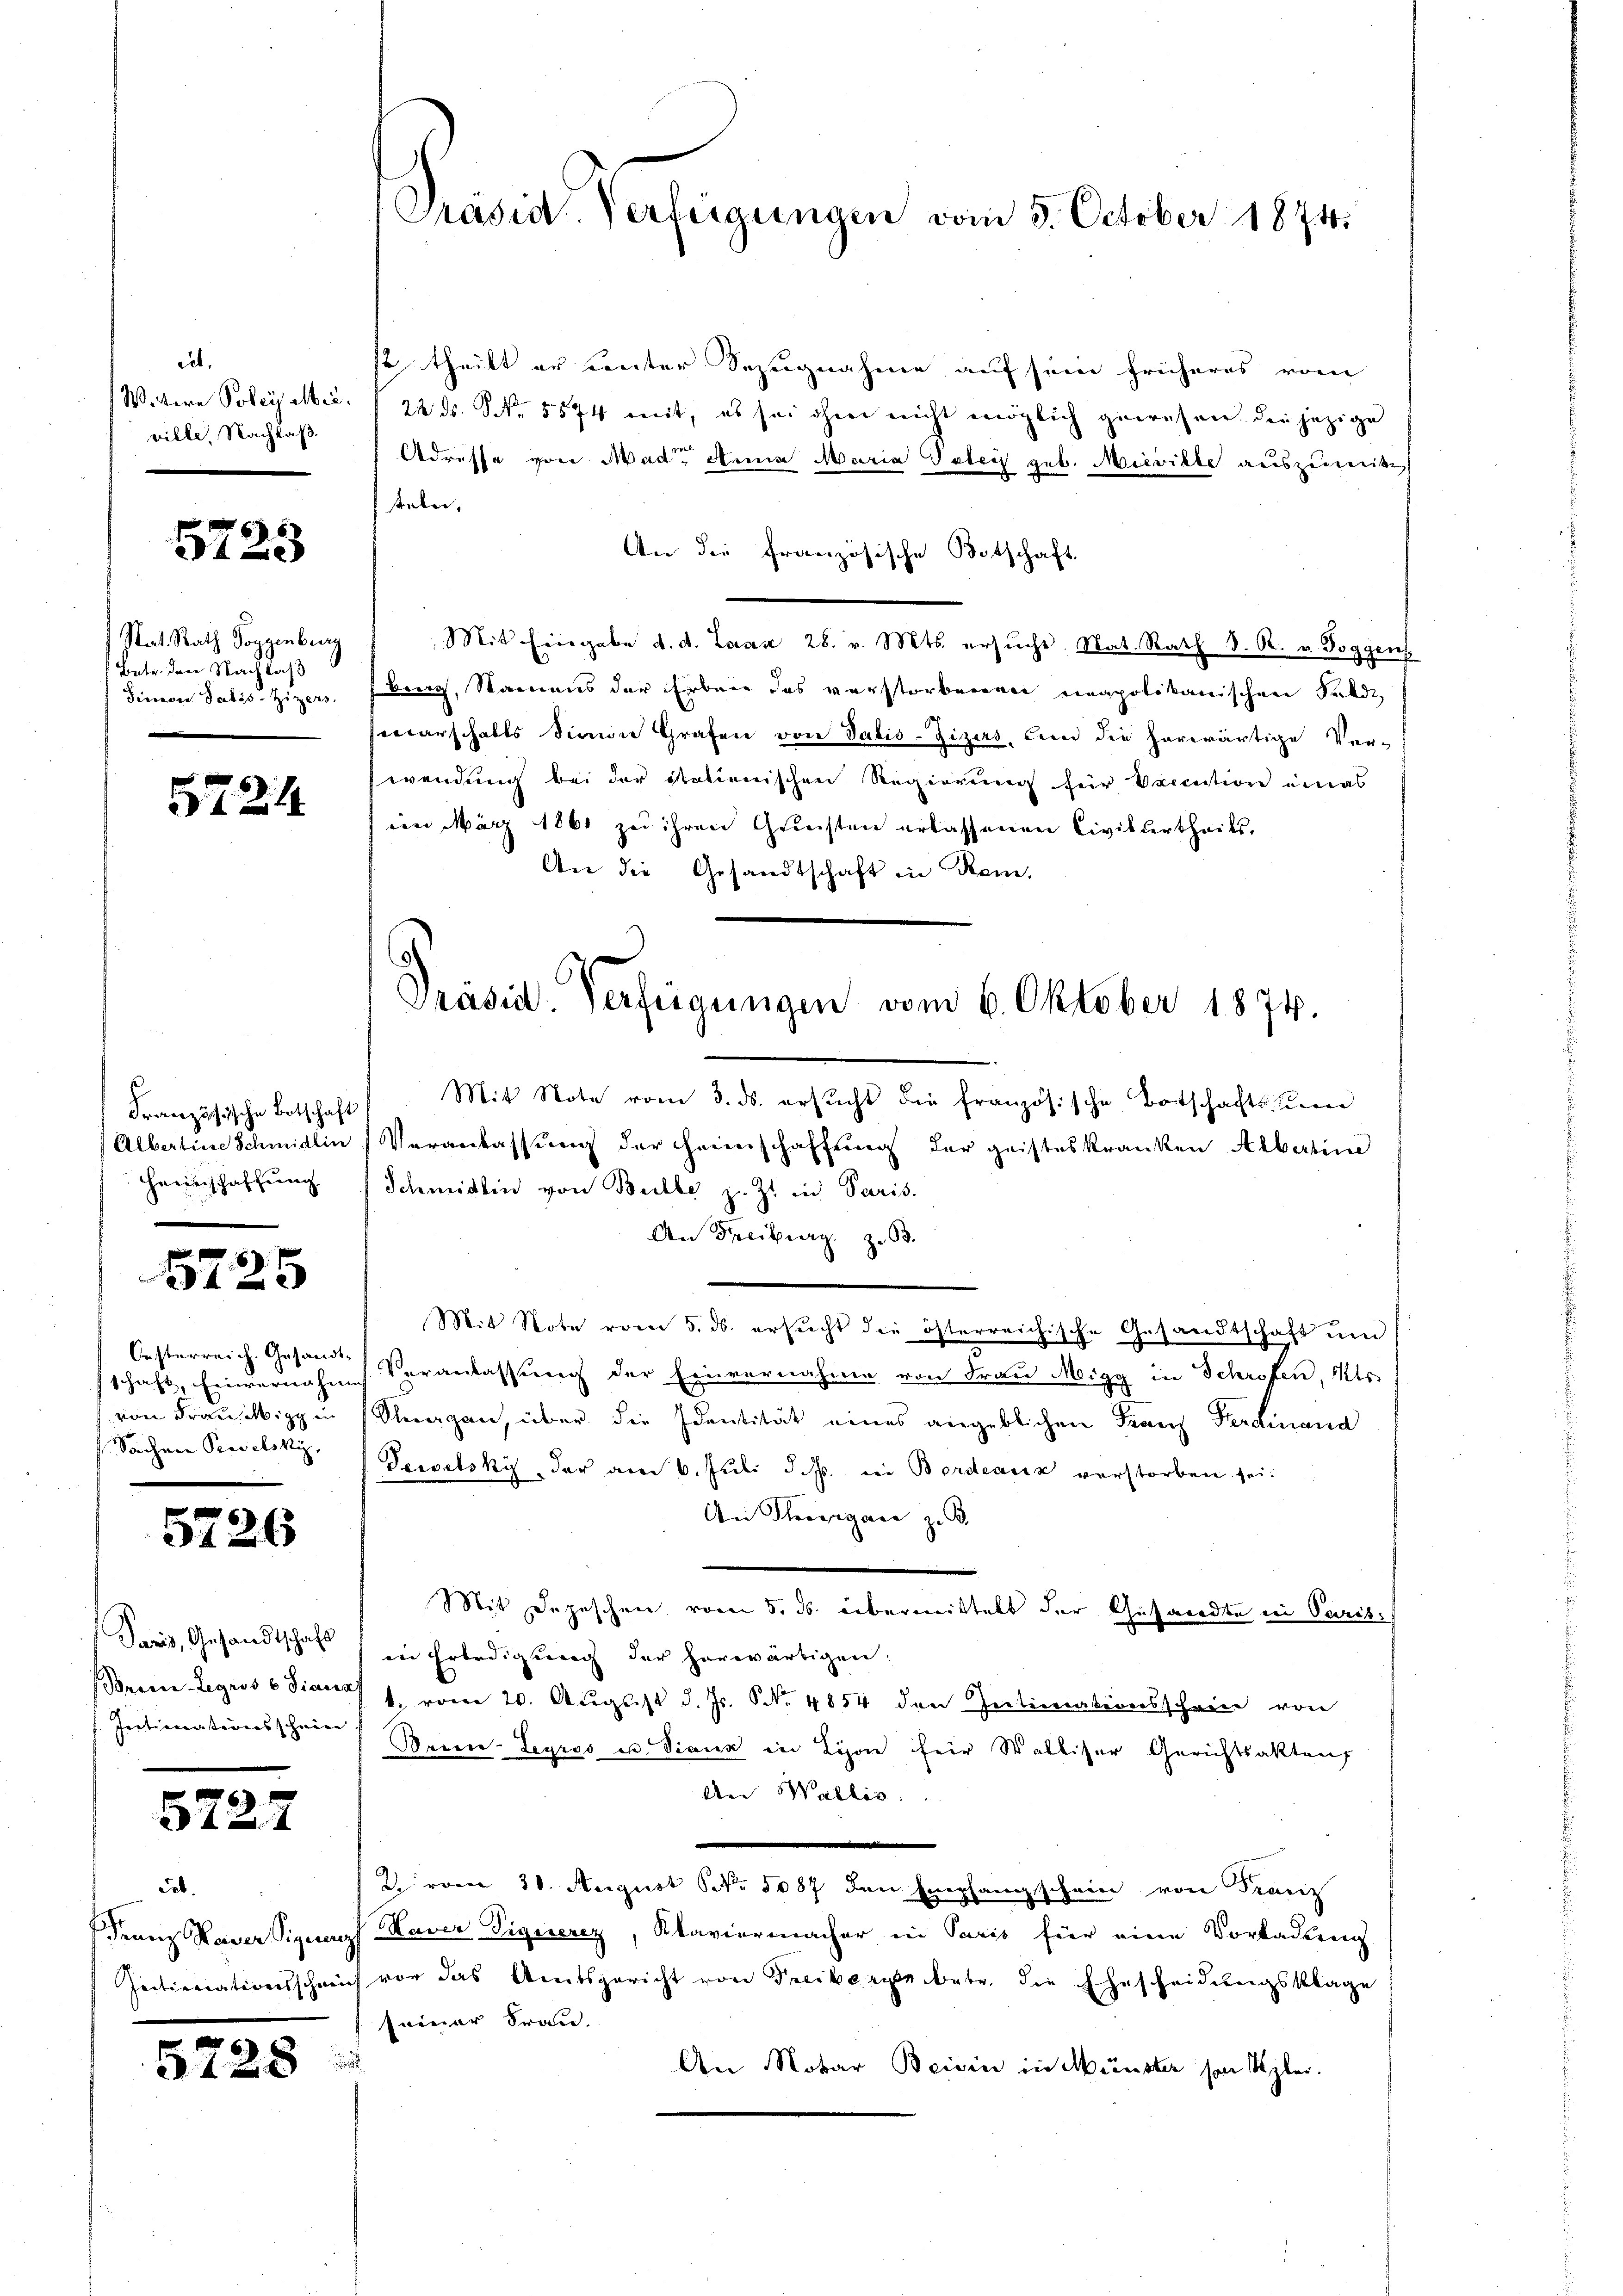
iet.
Weitere Poley Mei
ville Nachlaß

5723

Stat. Rath Toggenburg
Betr. den Nachlaß
Simon Salis-Zizers.

5724.

Französische Botschaft
Heimschaffung

5725

Oesterreich. Gesandt-
von Frau Migg in
Sachen Perselsky,

5726

Paris, Gesandtschaft
Initiventarens schneee. |

5727

Feb.
fennig Raver Signus
Intimationsschein

5728

Präsid. Verfeigungen vom 3. October 1874.

Präsid. Verfügungen vom 6. Oktober 1874.

Mit Note vom 3. ds. ersŭcht die französische Botschaftsste
Albertine Schmidlin, Veranlassŭng der Heimschaffŭng der geisteskranken Albertine
Schmidlin von Beibe z. Z. in Paris.
An Freiburg z. 63.
Mit Note vom 5. ds. ersucht die österreichische Gesandtschaft und
thaft, Einvernahme Veranlassung der Einvernahme von Frau Migg in Schroffen, Kts.
Steegen, über die Identität eines angeblichen Franz Ferdinand
Seevelsky, der am 6. Juli d. Js. in Bordeaux verstorben sei.
An Thorgane z. B.
Mit Depeschen vom 5. ds. übermittelt der Gesandte in Paris
in Erledigung der herwärtigen:
Berne Legros 6 Diana 1. vom 20. August d. Js. S. 4854 den Intimationsschein von
Ben-Legros u. Viaux in Lyon für Walliser Gerichtsakten
An Wallis.
2. vom 31. August No 1087 den Empfangschein von Franz
Haver Signerez, Klaviermacher in Paris für eine Vorladung
ich vor das Amtsgericht von Freibergebete, die Ehescheidungsklage
seiner Frau.
.
An Notar Beisin in Münster von Szlei.

so theilt er unter Bezugnahme auf sein früheres vom
22 S. Nr. 5574 mit, es sei ohne nicht möglich gewesen. Die jezige
Adresse von Mad. Anna Maria Paten geb. Mievikte auszumitt
telen,
An die französische Botschaft
Mit Eingabe d. d. Laaz 28. v. Mts. ersŭche. Nat. Rath D. R. v. Poggens
burg, Samnaus der Erben des verstorbenen neapolikanischen Felde
marschafts Sinne Grafen von Satis-Zizers, bin die herwärtige Ver-
wendung bei der Stationischen Regierung für Vaccation eines
ein März 1861 zu ihren Griesten erlassenen Civilurtheils.
An die Gesandtschaft in Rom.